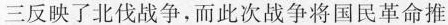
三反映了北伐战争，而此次战争将国民革命推